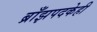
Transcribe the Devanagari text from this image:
ब्राँझपदकेही